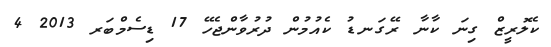
ކެލޮރީޒް ގިނަ ކާނާ ރޭގަނޑު ކެއުމުން ދުރުވާންޖެހޭ 17 ޑިސެމްބަރ 2013 4